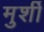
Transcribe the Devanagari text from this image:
मुर्शी